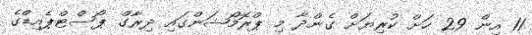
11 އިން 29 ހަށް ކުރިޔަށް ގެންދާ މި ޕްރޮމޯޝަންގައި ދިރާގް ޕޯސްޓްޕެއިޑްގެ